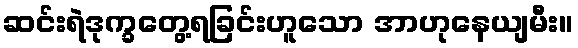
ဆင်းရဲဒုက္ခတွေ့ရခြင်းဟူသော အာဟုနေယျမီး။